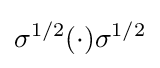
\sigma ^{1/2}(\cdot )\sigma ^{1/2}